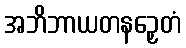
အဘိဘာယတနဉှေတံ